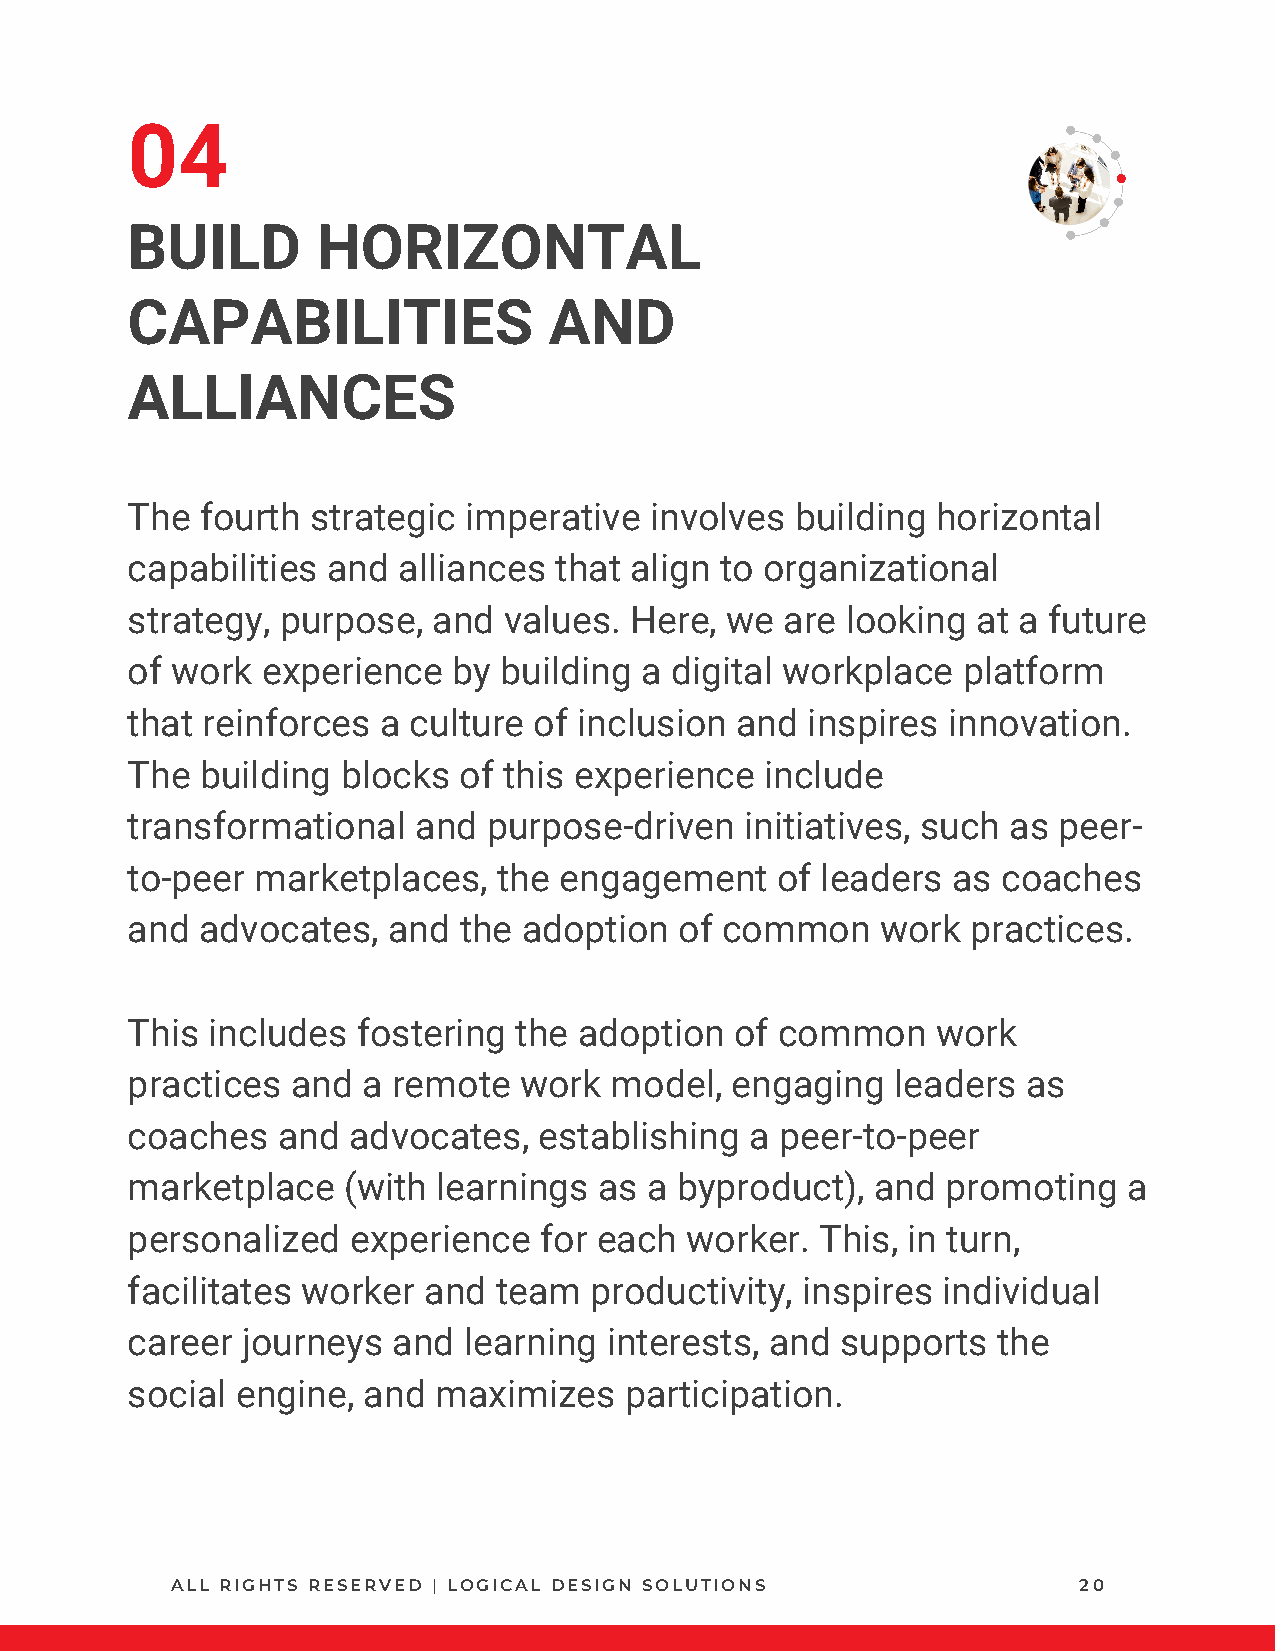
04
 BUILD        HORIZONTAL
 CAPABILITIES                AND
 ALLIANCES
 The  fourth strategic  imperative  involves  building horizontal
 capabilities  and alliances  that align to organizational
 strategy,  purpose,  and values.  Here, we  are looking  at a future
 of work  experience   by building a digital workplace   platform
 that reinforces  a culture of inclusion  and inspires  innovation.
 The  building  blocks of this experience   include
 transformational   and  purpose-driven   initiatives, such as peer-
 to-peer  marketplaces,   the engagement    of leaders  as coaches
 and  advocates,   and the  adoption  of common    work  practices.
 This  includes  fostering the adoption   of common    work
 practices  and  a remote  work  model,  engaging   leaders  as
 coaches   and  advocates,   establishing  a peer-to-peer
 marketplace    (with learnings  as a byproduct),  and  promoting   a
 personalized   experience   for each worker.  This, in turn,
 facilitates worker  and  team  productivity, inspires individual
 career  journeys  and  learning interests, and  supports  the
 social  engine, and  maximizes   participation.
 ALL RIGHTS RESERVED | LOGICAL DESIGN SOLUTIONS              20